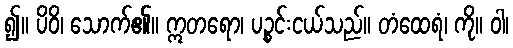
၍။ ပိဝိ၊ သောက်၏။ ဣတရော၊ ပဉ္စင်းငယ်သည်။ တံထေရံ၊ ကို။ ဝါ၊